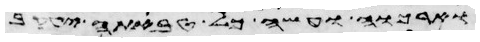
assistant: לא יראוה ועבדי כלב עקב